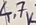
Text: 4.7K